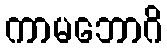
ကာမဘောဂိ